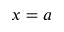
x = a